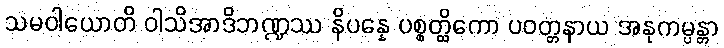
သမဝါယောတိ ဝါသိအာဒိဘဏ္ဍဿ နိပန္နေ ပစ္စတ္ထိကော ပဝတ္တနာယ အနုကမ္ပန္တာ